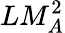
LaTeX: LM_{A}^{2}